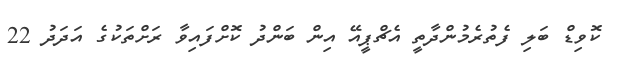
ކޮވިޑް ބަލި ފެތުރެމުންދާތީ އެޗްޕީއޭ އިން ބަންދު ކޮށްފައިވާ ރަށްތަކުގެ އަދަދު 22